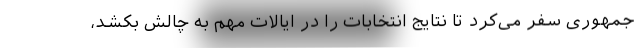
جمهوری سفر می‌کرد تا نتایج انتخابات را در ایالات مهم به چالش بکشد،